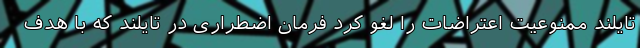
تایلند ممنوعیت اعتراضات را لغو کرد فرمان اضطراری در تایلند که با هدف